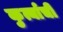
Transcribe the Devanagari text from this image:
कुर्त्याची